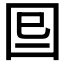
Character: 𡇆